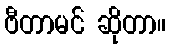
ဗီတာမင် ဆိုတာ။